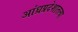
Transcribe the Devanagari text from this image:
आंध्रप्रदेशातल्या